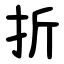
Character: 折